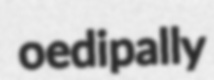
oedipally